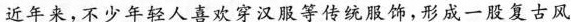
近年来，不少年轻人喜欢穿汉服等传统服饰，形成一股复古风